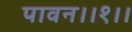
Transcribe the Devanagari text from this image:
पावन।।१।।